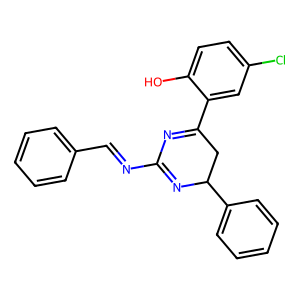
SMILES: Oc1ccc(Cl)cc1C1=NC(N=Cc2ccccc2)=NC(c2ccccc2)C1
Inhibits HIV replication: No